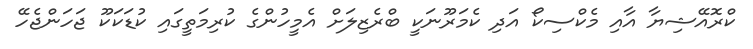
ކްރޮއޭޝިޔާ އާއި މެކްސިކޯ އަދި ކެމަރޫނަކީ ބްރެޒިލަށް އެމީހުންގެ ކުރިމަތީގައި ކުޑަކަކޫ ޖަހަންޖެހޭ